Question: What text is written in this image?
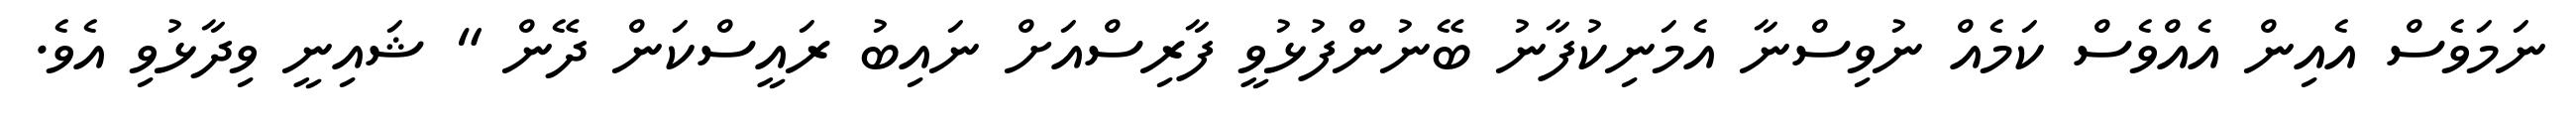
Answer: ނަމަވެސް އެއިން އެއްވެސް ކަމެއް ނުވިސްނާ އެމަނިކުފާނު ބޭނުންފުޅުވީ ފާރިސްއަށް ނައިބު ރައީސްކަން ދޭން " ޝައިނީ ވިދާޅުވި އެވެ.